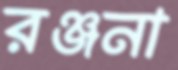
রঞ্জনা